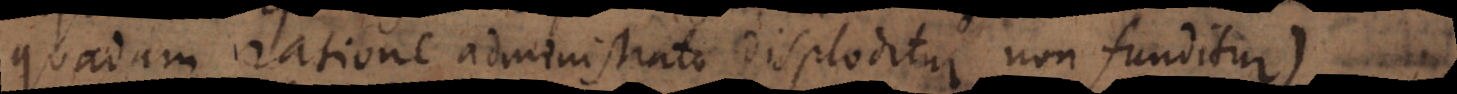
quadam ratione administrato disploditur non funditur)